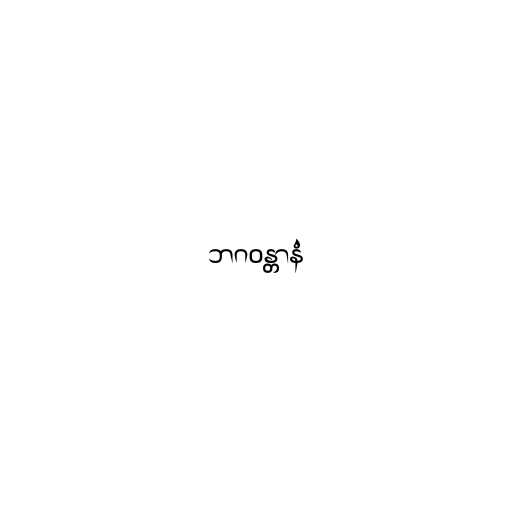
ဘဂဝန္တာနံ